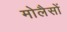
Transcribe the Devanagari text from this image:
मोलैसों